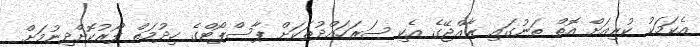
އެކަމަކު ކުރިއަށް އޮތް ތަނުގައި ރާއްޖޭގެ އެކި ސަރަހައްދުތަކަށް ޕާސްޕޯޓްގެ ހިދުމަތް ފޯރުކޮށްދިނުމަށް